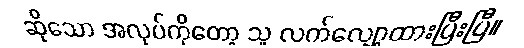
ဆိုသော အလုပ်ကိုတော့ သူ လက်လျှော့ထားပြီးပြီ။